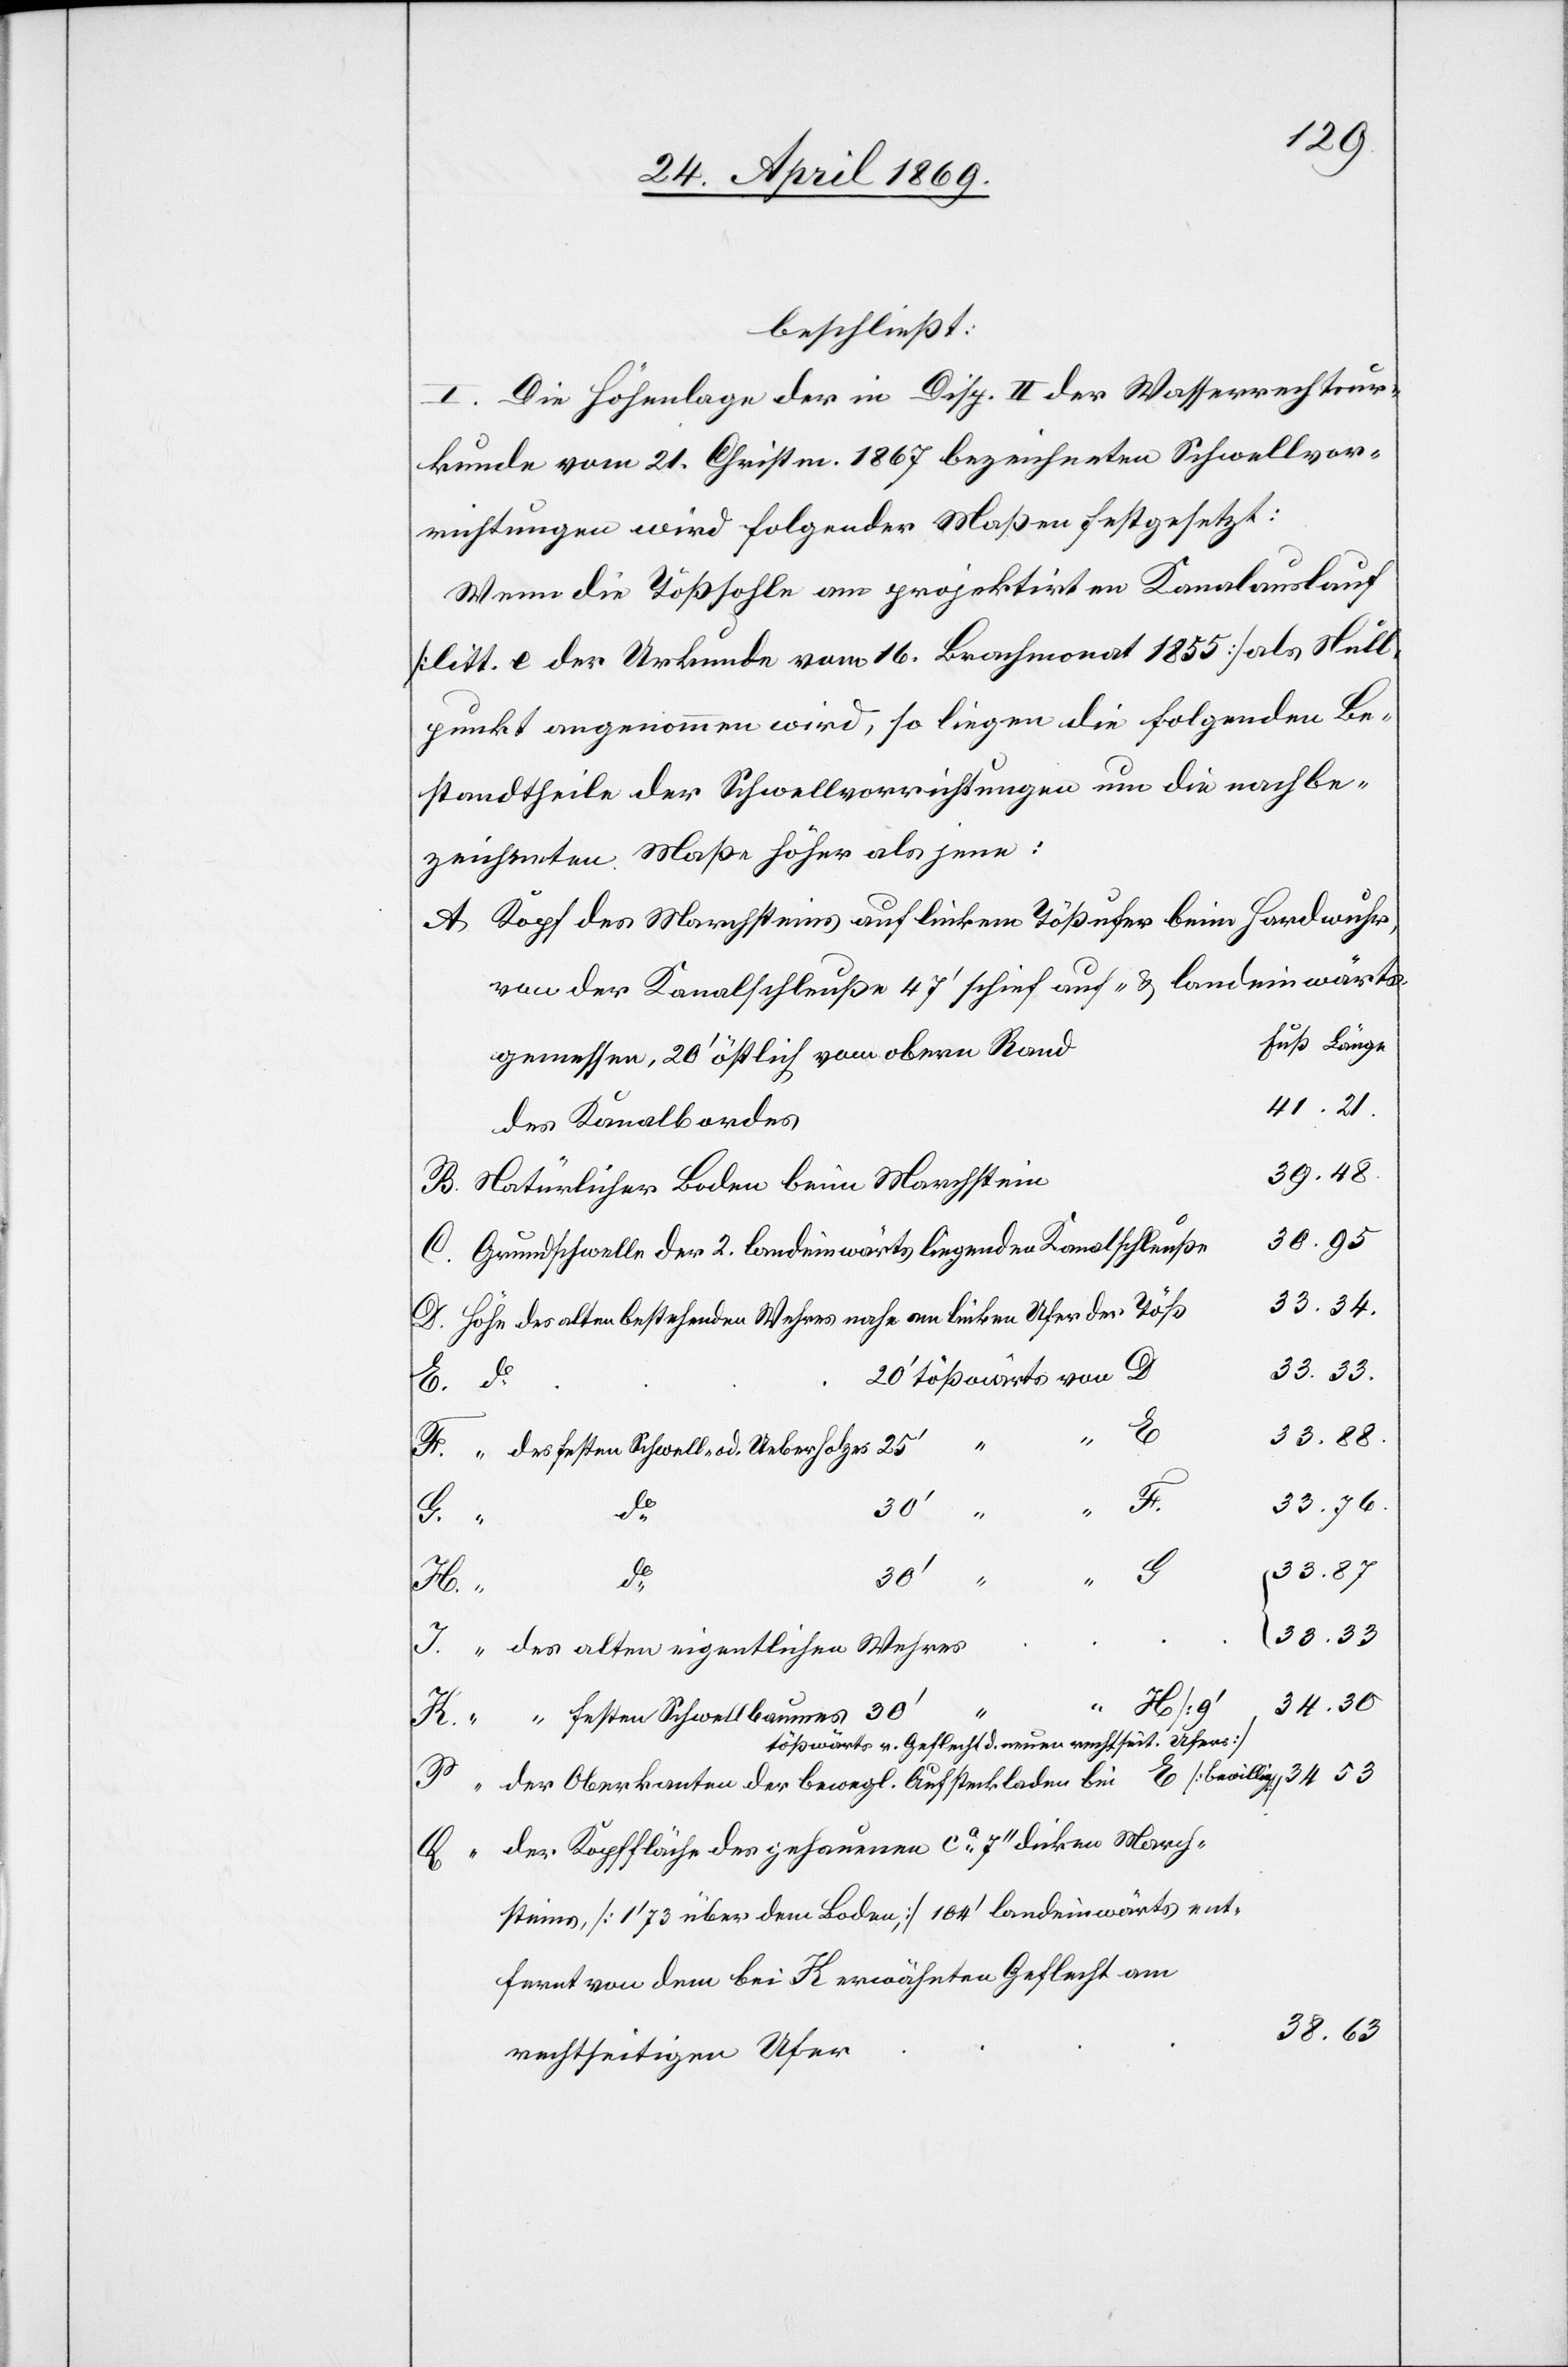
beschließt:
I. Die Höhenlage der in Disp. II der Wasserrechtsur¬
kunde vom 21. Christm. 1867 bezeichneten Schwellvor¬
richtungen wird folgender Maßen festgesetzt:
Wenn die Tößsohle am projektirten Kanalauslauf
[litt. e der Urkunde vom 16. Brachmonat 1855] als Still¬
punkt angenommen wird, so liegen die folgenden Be¬
standtheile der Schwellvorrichtungen um die nachbe¬
zeichneten Maße höher als jene:
A Kopf des Marchsteins auf linkem Tößufer beim Hardwuhr,
von der Kanalschleuße 47’ schief auf- u. landeinwärts
gemessen, 20’ östlich vom obern Ran¬
B. Natürlicher Boden beim Marchstei¬
Grundschwelle der 2 landeinwärts liegenden Kanalschleuß¬
ß	33.34.
D. Höhe des alten bestehenden Wehres nahe am linken Ufer der Tö¬
33.33.
20’ tößwärts von D
F.
“ des festen Schwell- od. Ueberholzes 25’
n						39.48.
73
dem
G.
34
30
H.
s						33.33
J. “ des alten eigentlichen Wehre¬
E.
34.30
ent¬
K.
“ “ festen Schwellbrunnens 30’
tößwärts v. Geflecht d. neuen rechtseit. Ufers]
P. “ der Oberkanten der bewegl. Aufsteckladen bei E [Bewillig.]	34 53
Q. “ der Kopffläche des gehauenen ca 7‘‘ dicken March¬
fernt von dem bei K erwähnten Geflecht